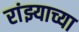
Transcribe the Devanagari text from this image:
रांझ्याच्या